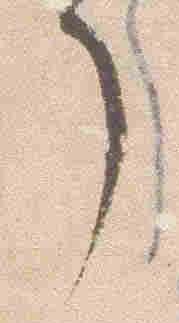
了